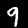
Digit: 9